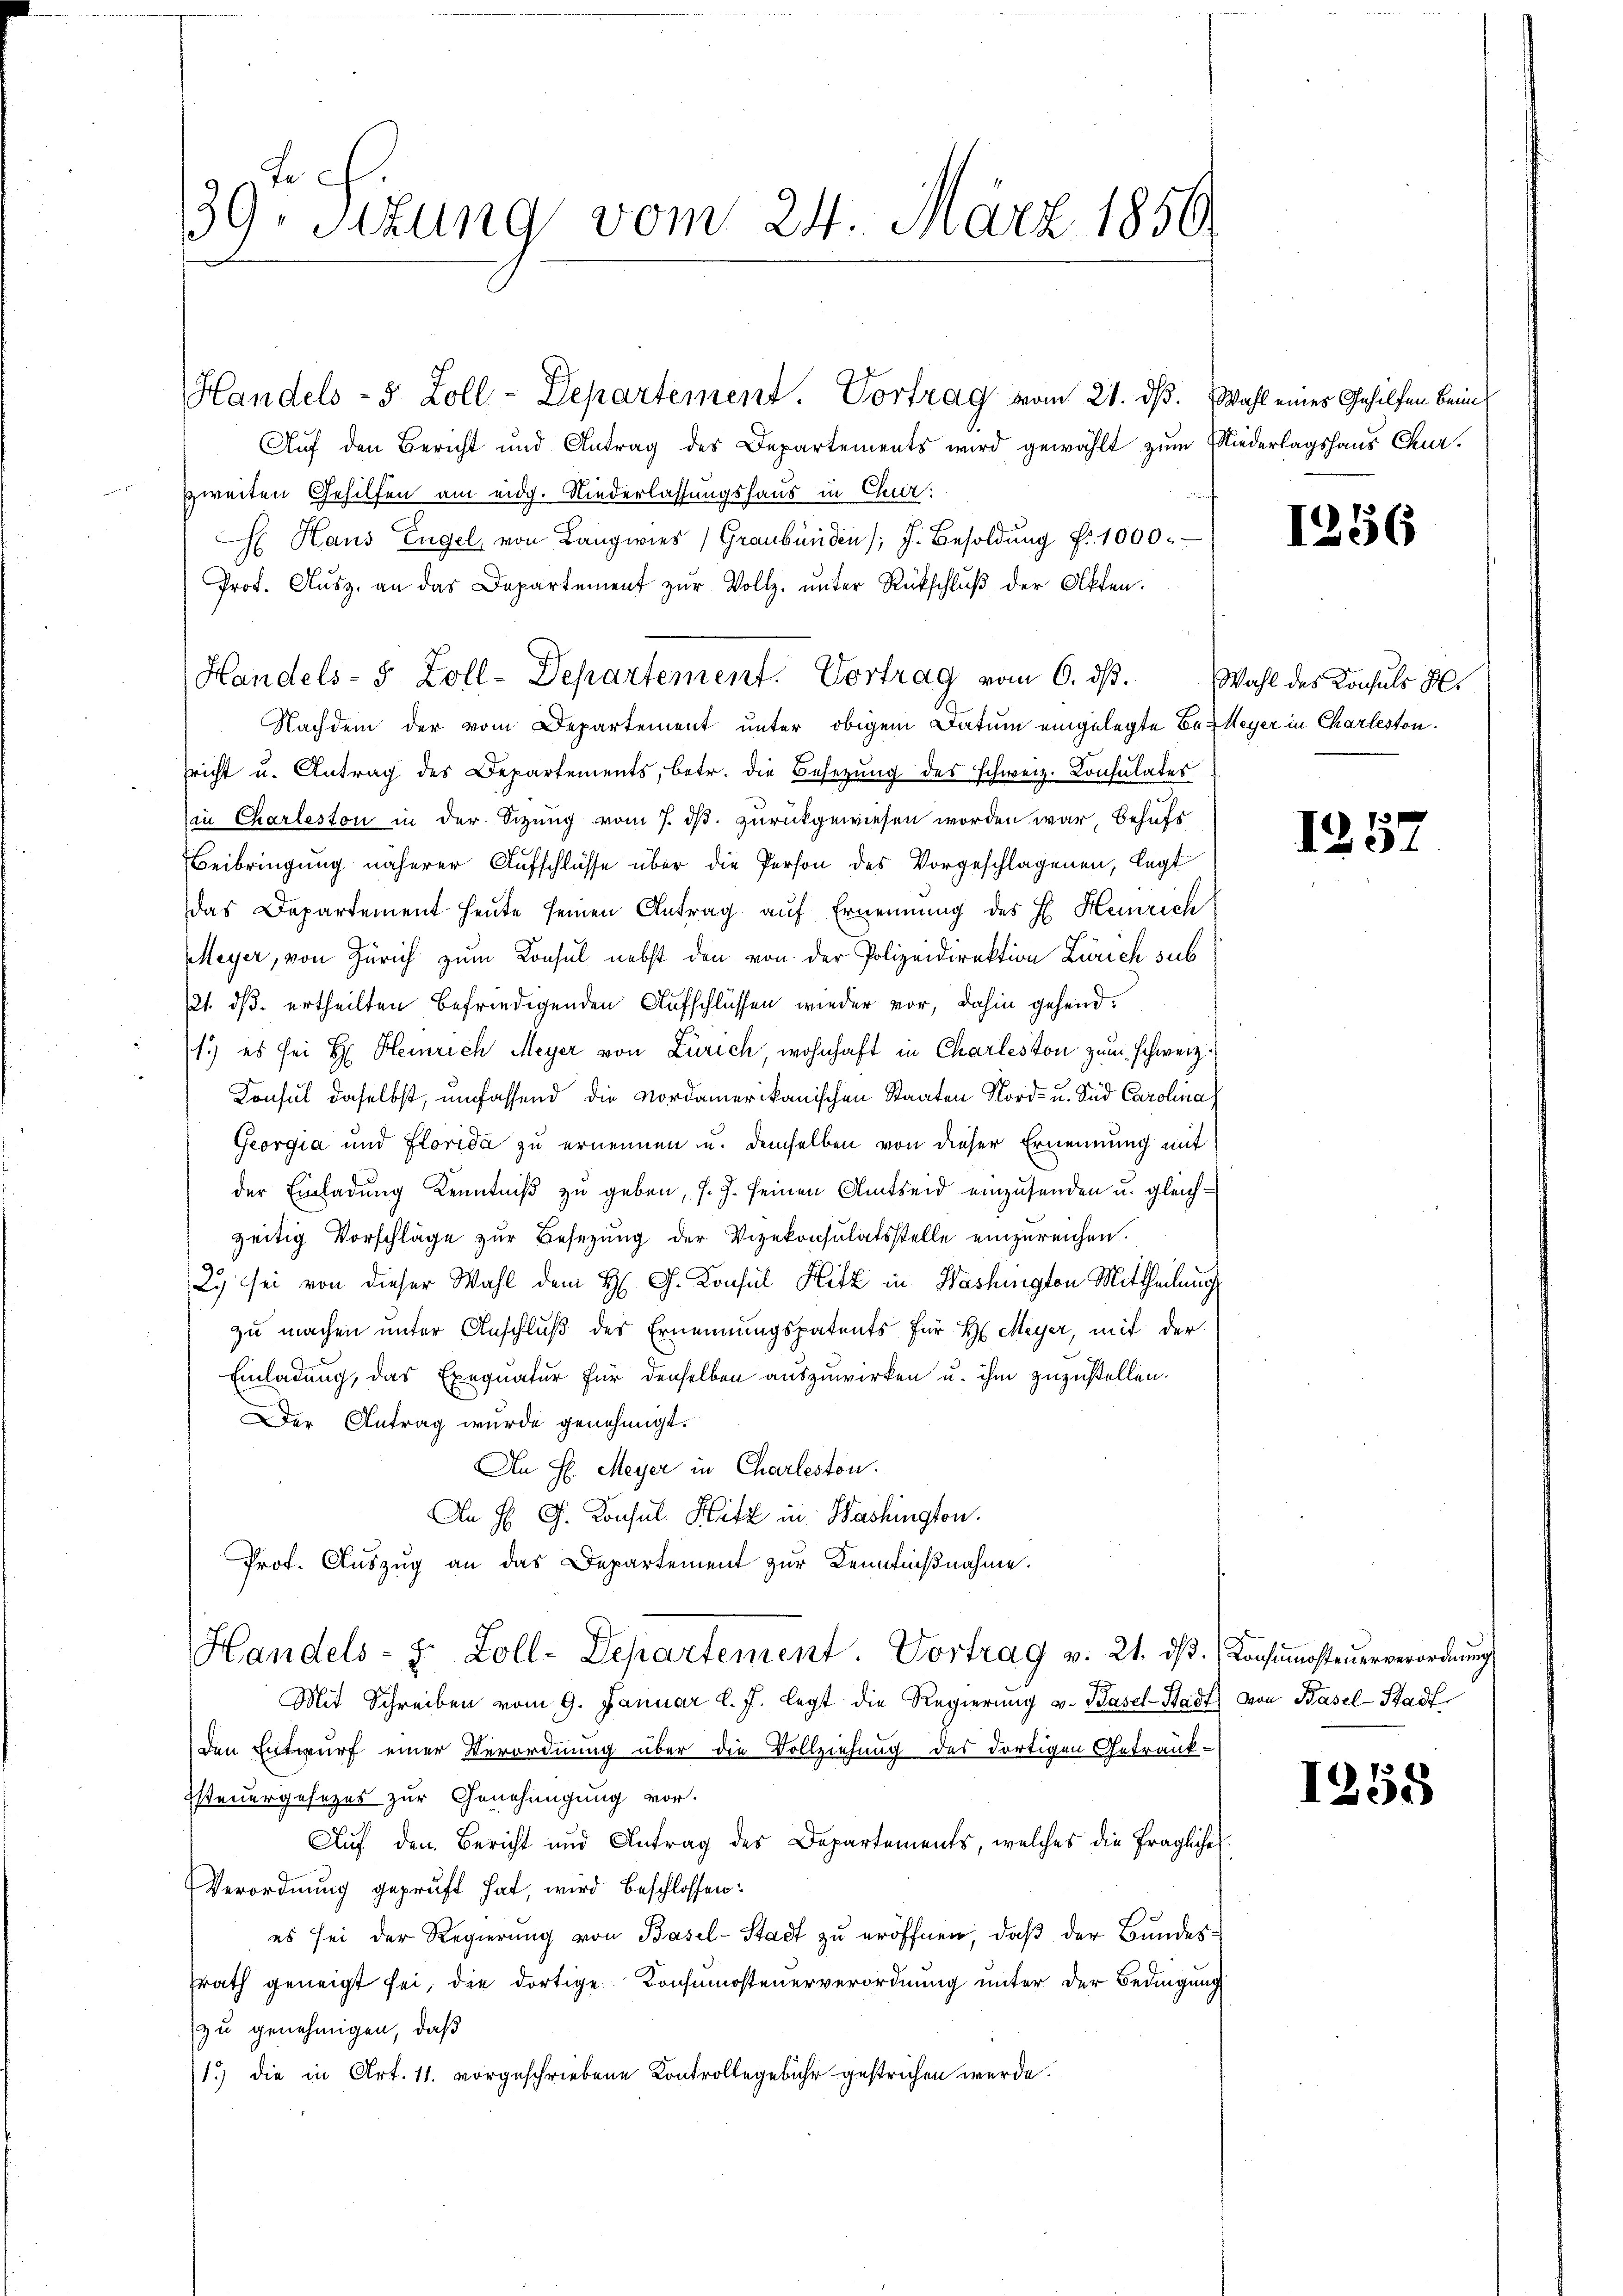
e
39. Sitzung vom 24. März 1856

Auf den Bericht und Antrag des Departements wird gewählt zum Niederlagshaus Churzweiten Gehilfen am eidg. Niederlassungshaus in Chur:
H Haus Engel, von Langwies Graubünden J. Besoldŭng Nr. 1000.
Prof. Aŭsz, an das Departement zŭr Vollz. ŭnter Rückschlŭβ der Akten.
Handels- & Zoll-Departement. Vortrag vom 6. ds.
Nachdem der vom Departement unter obigem Datum eingelegte Be-Meyer in Charleston.
richt u. Antrag des Departements, betr. die Besetzung des Schweiz. Consulates
in Charleston in der Sitzung vom 7. ds. zurückgewiesen worden war behufs
Beibringung näherer Aufschlüsse über die Person des Vorgeschlagenen, legt
das Departement heute seinen Antrag auf Ernennung des H. Heinrich
Meyer, von Zürich zum Konsul nebst den von der Polizeidirektion Zürich sub
21. ds. ertheilten befriedigenden Aufschlüssen wieder vor, dahin gehend
1) es sei H. Heinrich Meyer von Zürich, wohnhaft in Charleston zum Schweiz.
Konsul daselbst, umfassend die Nordamerikanischen Staaten Nord- u. Sid Carolina)
Georgia und Florida zu ernennen u. demselben von dieser Ernennung mit
der Einladung Kenntniß zu geben, s. Z. seinen Amtseid einzusenden u. gleich-
zeitig Vorschläge zur Besetzung der Vizekonsulatsstelle einzureichen.
Ly sei von dieser Wahl dem H. G. Konsul Hitz in Washington Mittheilung
zu machen unter Anschluß des Ernennungspatents für H. Meyer, mit der
Einladung, das Exequatur für denselben auszuwirken u. ihm zuzustellen.
Der Antrag wurde genehmigt.
An H. Meyer in Charleston.
An H. G. Konsul Hitz in Washington.
Prof. Auszug an das Departement zur Kenntnißnahme.
Handels- u. Zoll-Departement. Vortrag v. 21. dβ. Konsumosteuerverordnung
Mit Schreiben vom 9. Januar l. J. legt die Regierung v. Basel-Stadt) von Basel-Stadt
den Entwurf einer Verordnung über die Vollziehung des dortigen Getränk-
ssteuergesezes zur Genehmigung vor.
Auf den Bericht und Antrag des Departements, welches die fragliche
Verordnung geprüft hat, wird beschlossen:
es sei der Regierung von Basel-Stadt zu eröffnen, daß der Bundesfrath geneigt sei, die dortige Konsumosteuerverordnung unter der Bedingung
zu genehmigen, daß
1.) die in Art. 11. vorgeschriebene Kontrollegebühr gestrichen werde.

Handels- 5 Zoll-Departement. Vortrag vom 21. ds.

Wahl eines Gehilfen beim

1256

Wahl des Konsuls H

1257

1258